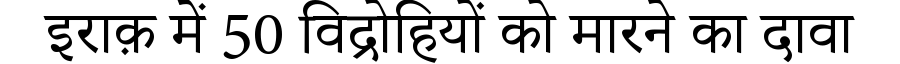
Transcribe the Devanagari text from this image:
इराक़ में 50 विद्रोहियों को मारने का दावा